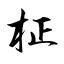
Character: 柾